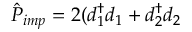
\hat { P } _ { i m p } = 2 ( d _ { 1 } ^ { \dagger } d _ { 1 } + d _ { 2 } ^ { \dagger } d _ { 2 }